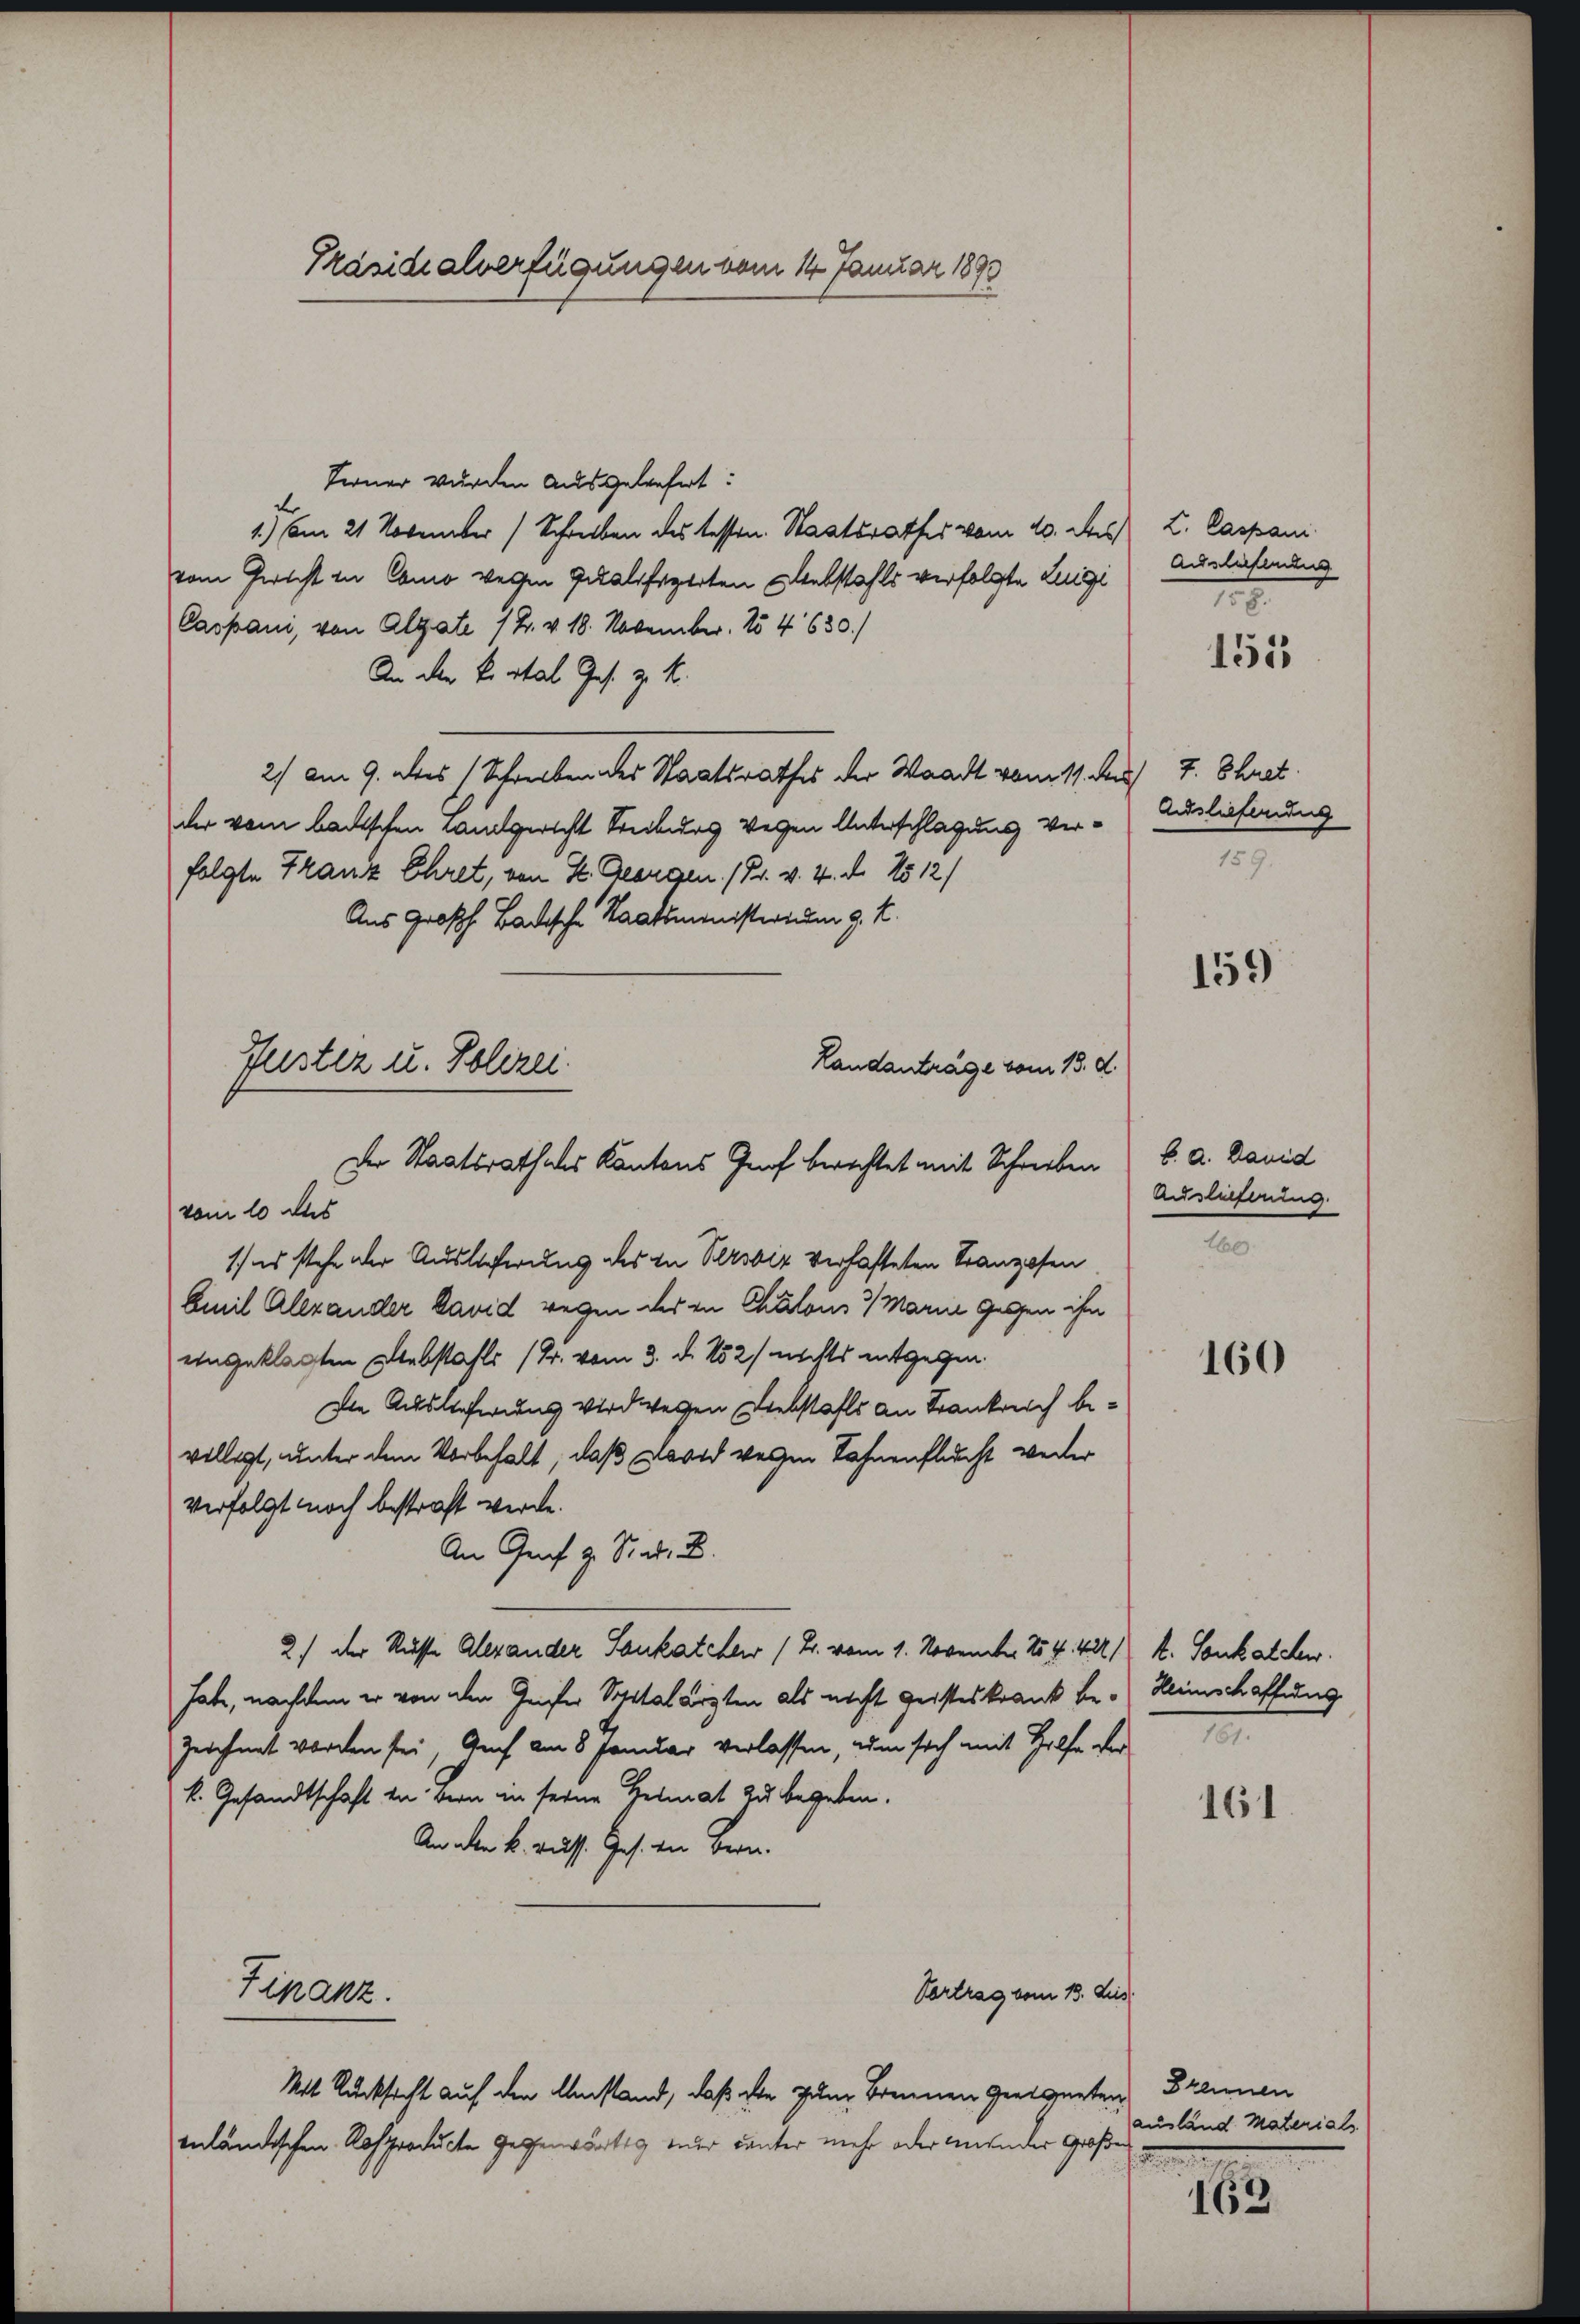
Präsidialverfügungen vom 14. Januar 1893

Terner wurden ausgeliefert:
r
1.) Am 21 November) Schreiben des tessen. Staatsrathes vom 10. des L. Caspani
vom Gericht in Como wegen Qualifizirten lebstahls verfolgte Luigi
Caspani, von Algate (2. v. 18. November. 154 630.)
An der Bestal Ges. z. K.
2.) Am 9. des Schreiben des Staatsrathes der Waadt vom 11. des 7. Schret.
der vom badischen Landgericht Streiburg wegen Unterschlagung ver-Auslieferung
folgte Franz Ehret, von H. Georgen. (Dr. v. 4. d. 1512/
Aus Großh. Badische Staatsministerium g. K.
1) es stehe der Auslieferung des in Peroviz verhafteten Franzosen
Amil Alexander David wegen der in Chalous 3 Marie gegen ihn
eingeklagten Bliebstahls (Dr. vom 3. d. 152) nichts entgegen
Die Auslieferung wird wegen Diebstahls an Frankreich bevollegt, unter dem Vorbehalt, daß David verzen Kahnenflucht weiter
verfolgt noch bestraft werde.
An Genf z. Stat. B.
2.) Der Russe Alexander Sankatchen (T. vom 1. November 154. 422 1) k. Sonkalchen.
Jahr, nachdem er von den Geister Spitalarzten als nicht geisteskrank be- Heimschaffung
zeichnet worden sei, Auch am 8. Januar verlassen, um sich mit Hilfe der
k. Gesandtschaft von Bern in seine Heimat zu begeben.
An den k. russ. Ges. in Bern.
Vortrag vom 13. des
Finanz.
Mit Rücksicht auf den Umstand, daß die zum Brennen geeigneten Brennen
enländischen Rosproducte gegenwärtig ener unter mehr oder meinder Große
.

flester u. Polizei.
Landanträge vom 13. d.
Der Staatsrathes Kantons Graf berechtet mit Schreiben S. a. Danid
vom 10 des

Auslieferung

155

159.

159)

Auslieferung.
160

160

e

161

ausland Materials.

163